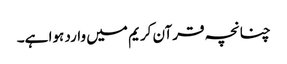
چنانچہ قرآن کریم میں وارد ہوا ہے۔